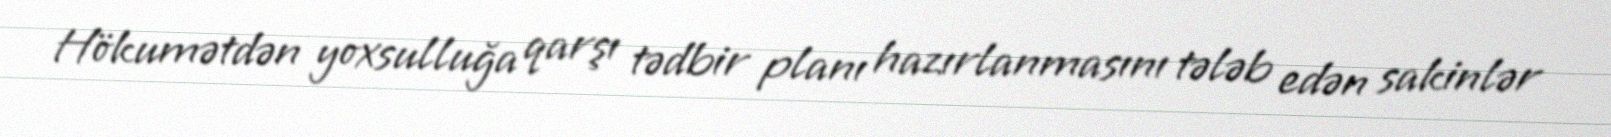
Hökumətdən yoxsulluğa qarşı tədbir planı hazırlanmasını tələb edən sakinlər